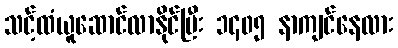
သင့်ထံယူဆောင်လာနိုင်ပြီး ၁၄၀၅ နာကျင်နေလား